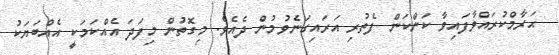
ޙަރާމްކުރައްވާފައިވާ ކަންކަން ފެތުރި އަރައިގަނެވުމުން ދެއެވެ. މިގޮތުން މިފަދަ އެއްކަމަކީ އެއްބަޔަކު